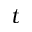
t